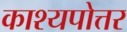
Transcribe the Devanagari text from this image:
काश्यपोत्तर